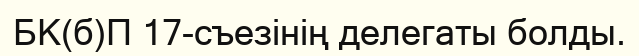
БК(б)П 17-съезінің делегаты болды.